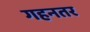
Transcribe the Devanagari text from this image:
गहनतर